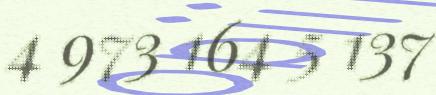
4 973 164 5 137